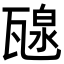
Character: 𤭯